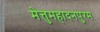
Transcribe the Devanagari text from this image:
मेत्तुमहादनपुरम